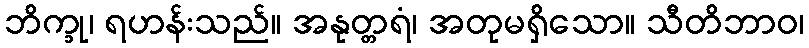
ဘိက္ခု၊ ရဟန်းသည်။ အနုတ္တရံ၊ အတုမရှိသော။ သီတိဘာဝ၊